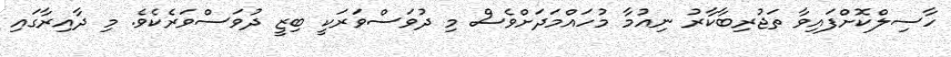
ހާސިލްކޮށްފައިވާ ތަޖުރިބާކާރު ނިއުމާ މުހައްމަދަށްވެސް މި ދުވަސްވަރަކީ ބިޒީ ދުވަސްވަރެކެވެ. މި ދާއިރާގައި